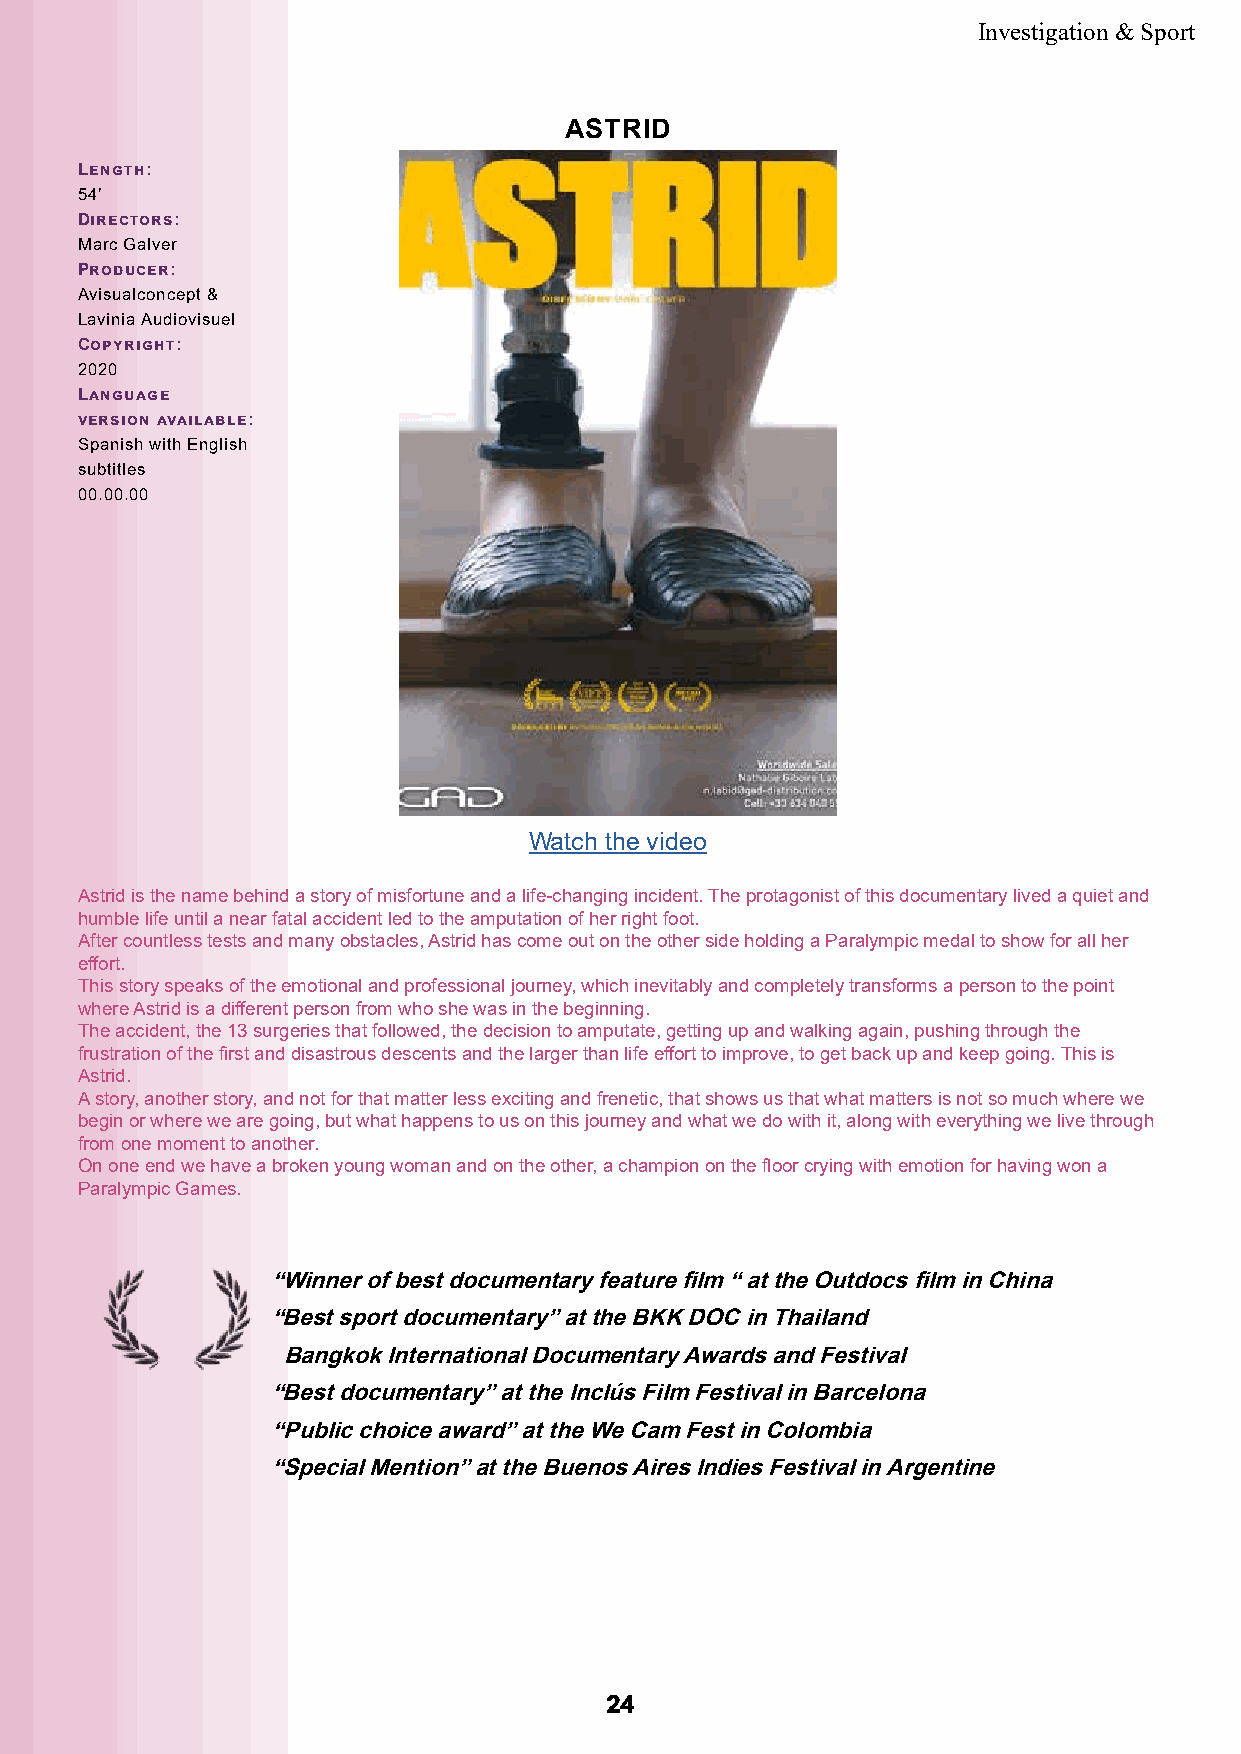
Investigation & Sport
 ASTRID
 Length:
 54’
 Directors:
 Marc Galver
 Producer:
 Avisualconcept &
 Lavinia Audiovisuel
 Copyright:
 2020
 Language
 version available:
 Spanish with English
 subtitles
 00.00.00
 Watch the video
 Astrid is the name behind a story of misfortune and a life-changing incident. The protagonist of this documentary lived a quiet and
 humble life until a near fatal accident led to the amputation of her right foot.
 After countless tests and many obstacles, Astrid has come out on the other side holding a Paralympic medal to show for all her
 effort.
 This story speaks of the emotional and professional journey, which inevitably and completely transforms a person to the point
 where Astrid is a different person from who she was in the beginning.
 The accident, the 13 surgeries that followed, the decision to amputate, getting up and walking again, pushing through the
 frustration of the first and disastrous descents and the larger than life effort to improve, to get back up and keep going. This is
 Astrid.
 A story, another story, and not for that matter less exciting and frenetic, that shows us that what matters is not so much where we
 begin or where we are going, but what happens to us on this journey and what we do with it, along with everything we live through
 from one moment to another.
 On one end we have a broken young woman and on the other, a champion on the floor crying with emotion for having won a
 Paralympic Games.
 “Winner of best documentary feature film “ at the Outdocs film in China
 “Best sport documentary” at the BKK DOC in Thailand
 Bangkok International Documentary Awards and Festival
 “Best documentary” at the Inclús Film Festival in Barcelona
 “Public choice award” at the We Cam Fest in Colombia
 “Special Mention” at the Buenos Aires Indies Festival in Argentine
 2244